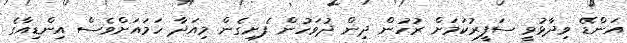
އަންޑޭ ވިދާޅުވީ ސަފީރުކަމަށް ރުހުން ދިން ދުވަހުން ފެށިގެން މިއަދާ ހަމައަށްވެސް އިންޑިއާގެ